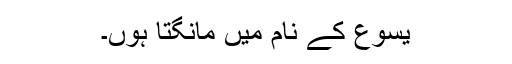
یسُوع کے نام میں مانگتا ہوں۔